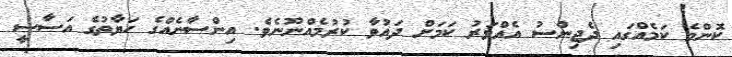
ކޮންމެ ކަމެއްގައި ދެޖިންސު އެއްވަރު ކަމަށް ދައުވާ ކުރުމެއްނޫނެވެ. އިންސާނެއްގެ ހަޔާތުގެ އަސާސީ